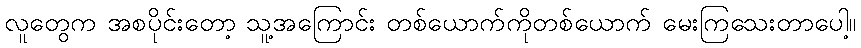
လူတွေက အစပိုင်းတော့ သူ့အကြောင်း တစ်ယောက်ကိုတစ်ယောက် မေးကြသေးတာပေါ့။